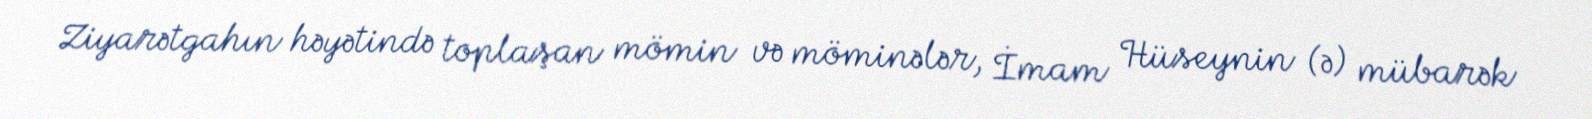
Ziyarətgahın həyətində toplaşan mömin və möminələr, İmam Hüseynin (ə) mübarək